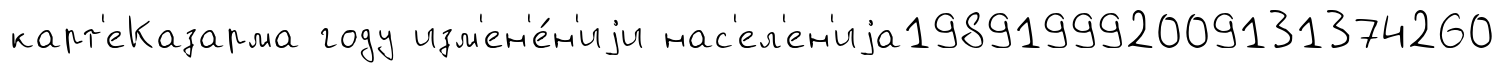
карт'еКазарма году изм'ен'е́н'иjи нас'ел'ен'иjа198919992009131374260